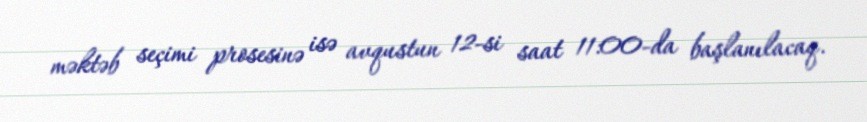
məktəb seçimi prosesinə isə avqustun 12-si saat 11:00-da başlanılacaq.